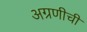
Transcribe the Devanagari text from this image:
अग्रणीची